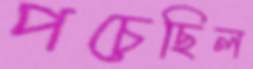
পচেছিল